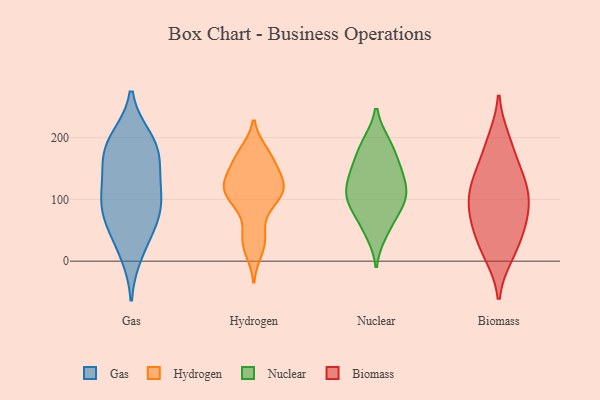
{"axis": {"x": "Budget (USD K)", "y": "Value"}, "legend": ["Biomass", "Gas", "Hydrogen", "Nuclear"], "data": [{"x": "", "y": 101, "type": "Gas"}, {"x": "", "y": 145, "type": "Gas"}, {"x": "", "y": 87, "type": "Gas"}, {"x": "", "y": 184, "type": "Gas"}, {"x": "", "y": 188, "type": "Gas"}, {"x": "", "y": 69, "type": "Gas"}, {"x": "", "y": 45, "type": "Gas"}, {"x": "", "y": 125, "type": "Gas"}, {"x": "", "y": 88, "type": "Gas"}, {"x": "", "y": 197, "type": "Gas"}, {"x": "", "y": 14, "type": "Gas"}, {"x": "", "y": 171, "type": "Gas"}, {"x": "", "y": 112, "type": "Hydrogen"}, {"x": "", "y": 16, "type": "Hydrogen"}, {"x": "", "y": 43, "type": "Hydrogen"}, {"x": "", "y": 34, "type": "Hydrogen"}, {"x": "", "y": 86, "type": "Hydrogen"}, {"x": "", "y": 97, "type": "Hydrogen"}, {"x": "", "y": 112, "type": "Hydrogen"}, {"x": "", "y": 128, "type": "Hydrogen"}, {"x": "", "y": 113, "type": "Hydrogen"}, {"x": "", "y": 172, "type": "Hydrogen"}, {"x": "", "y": 124, "type": "Hydrogen"}, {"x": "", "y": 148, "type": "Hydrogen"}, {"x": "", "y": 167, "type": "Hydrogen"}, {"x": "", "y": 133, "type": "Hydrogen"}, {"x": "", "y": 177, "type": "Hydrogen"}, {"x": "", "y": 46, "type": "Nuclear"}, {"x": "", "y": 157, "type": "Nuclear"}, {"x": "", "y": 100, "type": "Nuclear"}, {"x": "", "y": 94, "type": "Nuclear"}, {"x": "", "y": 191, "type": "Nuclear"}, {"x": "", "y": 151, "type": "Nuclear"}, {"x": "", "y": 189, "type": "Nuclear"}, {"x": "", "y": 129, "type": "Nuclear"}, {"x": "", "y": 134, "type": "Nuclear"}, {"x": "", "y": 106, "type": "Nuclear"}, {"x": "", "y": 98, "type": "Nuclear"}, {"x": "", "y": 63, "type": "Nuclear"}, {"x": "", "y": 133, "type": "Biomass"}, {"x": "", "y": 86, "type": "Biomass"}, {"x": "", "y": 37, "type": "Biomass"}, {"x": "", "y": 195, "type": "Biomass"}, {"x": "", "y": 125, "type": "Biomass"}, {"x": "", "y": 80, "type": "Biomass"}, {"x": "", "y": 12, "type": "Biomass"}, {"x": "", "y": 63, "type": "Biomass"}, {"x": "", "y": 183, "type": "Biomass"}, {"x": "", "y": 115, "type": "Biomass"}, {"x": "", "y": 136, "type": "Biomass"}, {"x": "", "y": 19, "type": "Biomass"}, {"x": "", "y": 79, "type": "Biomass"}]}